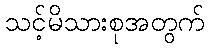
သင့်မိသားစုအတွက်